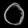
Digit: ၀